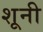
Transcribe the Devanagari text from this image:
शूनी